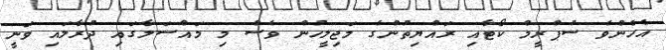
އެހެންވެ ސުޕްރީމް ކޯޓާއި ރައްޔިތުންގެ މަޖިލީހުން ވެސް މި މައްސަލާގައި ދުރާލައި ވަނީ